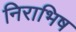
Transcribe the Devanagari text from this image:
निराभिष